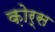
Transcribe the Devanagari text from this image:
क़ोर्स